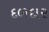
દળદાર